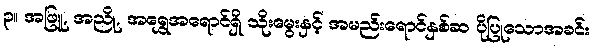
၃။ အဖြူ, အညို, အရွှေအရောင်ရှိ သိုးမွေးနှင့် အမည်းရောင်နှစ်ဆ ပိုပြုသောအခင်း